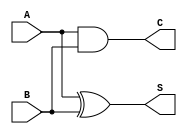
module half_adder(A,B,S,C);

     input A,B;
     output S,C;


    //assign the gates 
    //using data flow modeling

     //assign S = A ^B; // A xor B
     //assign C = A & B;// A and B

    //using gate level modeling
    xor (S,A,B);
    and (C,A,B);


endmodule